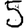
Digit: 5